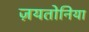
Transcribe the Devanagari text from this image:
ज़यतोनिया